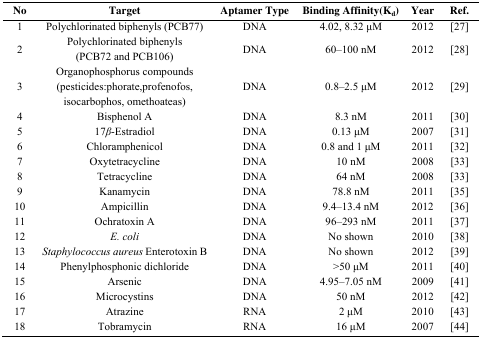
| No | Target | Aptamer Type | Binding Affinity(Kd) | Year | Ref. |
 | --- | --- | --- | --- | --- | --- |
 | 1 | Polychlorinated biphenyls (PCB77) | DNA | 4.02, 8.32 μM | 2012 | [27] |
 | 2 | Polychlorinated biphenyls (PCB72 and PCB106) | DNA | 60–100 nM | 2012 | [28] |
 | 3 | Organophosphorus compounds (pesticides:phorate,profenofos, isocarbophos, omethoateas) | DNA | 0.8–2.5 μM | 2012 | [29] |
 | 4 | Bisphenol A | DNA | 8.3 nM | 2011 | [30] |
 | 5 | 17β-Estradiol | DNA | 0.13 μM | 2007 | [31] |
 | 6 | Chloramphenicol | DNA | 0.8 and 1 μM | 2011 | [32] |
 | 7 | Oxytetracycline | DNA | 10 nM | 2008 | [33] |
 | 8 | Tetracycline | DNA | 64 nM | 2008 | [33] |
 | 9 | Kanamycin | DNA | 78.8 nM | 2011 | [35] |
 | 10 | Ampicillin | DNA | 9.4–13.4 nM | 2012 | [36] |
 | 11 | Ochratoxin A | DNA | 96–293 nM | 2011 | [37] |
 | 12 | E. coli | DNA | No shown | 2010 | [38] |
 | 13 | Staphylococcus aureus Enterotoxin B | DNA | No shown | 2012 | [39] |
 | 14 | Phenylphosphonic dichloride | DNA | >50 μM | 2011 | [40] |
 | 15 | Arsenic | DNA | 4.95–7.05 nM | 2009 | [41] |
 | 16 | Microcystins | DNA | 50 nM | 2012 | [42] |
 | 17 | Atrazine | RNA | 2 μM | 2010 | [43] |
 | 18 | Tobramycin | RNA | 16 μM | 2007 | [44] |